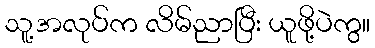
သူ့အလုပ်က လိမ်ညာပြီး ယူဖို့ပဲကွ။